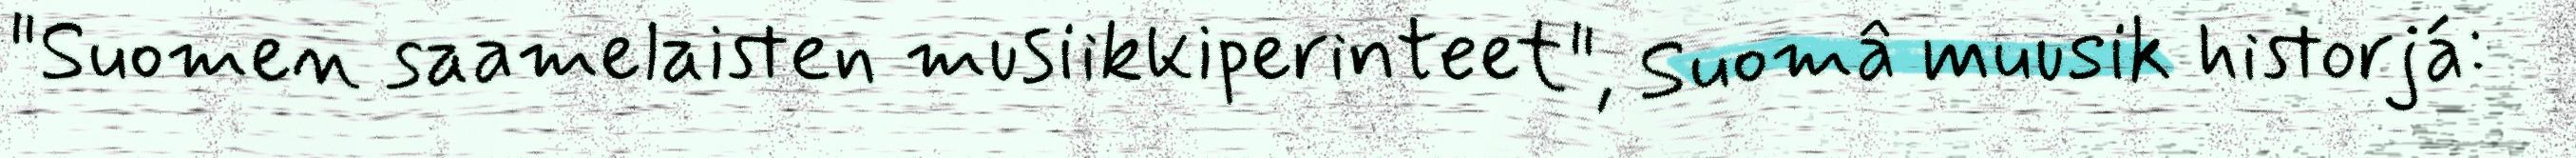
"Suomen saamelaisten musiikkiperinteet", Suomâ muusik historjá: